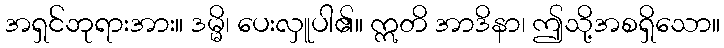
အရှင်ဘုရားအား။ ဒမ္မိ၊ ပေးလှူပါ၏။ ဣတိ အာဒိနာ၊ ဤသို့အစရှိသော။